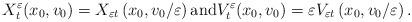
LaTeX: \begin{align*}X_t^\varepsilon (x_0, v_0) = X_{\varepsilon t} \left(x_0, v_0/ \varepsilon \right) \mbox{and} V_t^\varepsilon (x_0, v_0) = \varepsilon V_{\varepsilon t} \left(x_0, v_0/ \varepsilon \right). \end{align*}